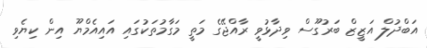
އަބްދުލް އަޒީޒް ބަރުގޫސް ވިދާޅުވީ ރާއްޖޭގެ މަތީ މަގާމުތަކުގައި އައިއެމްޔޫ އިން ކިޔެވި